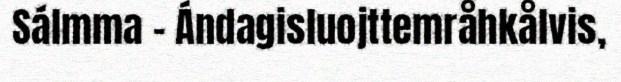
Sálmma - Ándagisluojttemråhkålvis,